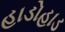
હાડોહાડ